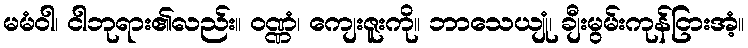
မမံဝါ၊ ငါဘုရား၏လည်း။ ဝဏ္ဏံ၊ ကျေးဇူးကို။ ဘာသေယျုံ၊ ချီးမွမ်းကုန်ငြားအံ့။